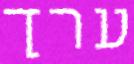
ערך